Insane asylums in Bengal annual reports 1867-1875 - 1867-1875
Year: 1867
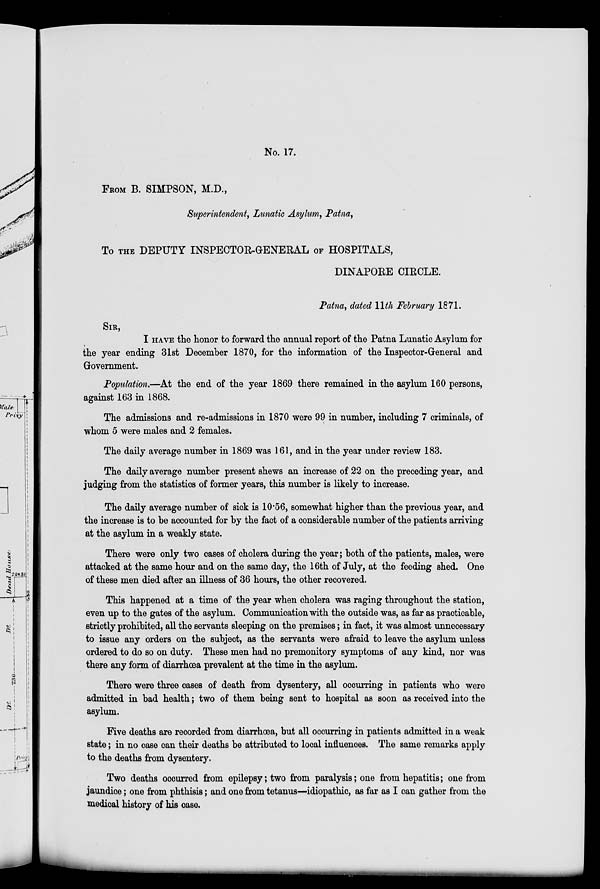
No. 17.
FROM B. SIMPSON, M.D.,
Superintendent, Lunatic Asylum, Patna,
To THE DEPUTY INSPECTOR-GENEEAL OF HOSPITALS,
DINAPORE CIRCLE.
Patna, dated 11th February 1871.
SIR,
I HAVE the honor to forward the annual report of the Patna Lunatic Asylum for
the year ending 31st December 1870, for the information of the Inspector-General and
Government.
Population.—At the end of the year 1869 there remained in the asylum 160 persons,
against 163 in 1868.
The admissions and re-admissions in 1870 were 99 in number, including 7 criminals, of
whom 5 were males and 2 females.
The daily average number in 1869 was 161, and in the year under review 183.
The daily average number present shews an increase of 22 on the preceding year, and
judging from the statistics of former years, this number is likely to increase.
The daily average number of sick is 10.56, somewhat higher than the previous year, and
the increase is to be accounted for by the fact of a considerable number of the patients arriving
at the asylum in a weakly state.
There were only two cases of cholera during the year; both of the patients, males, were
attacked at the same hour and on the same day, the 16th of July, at the feeding shed. One
of these men died after an illness of 36 hours, the other recovered.
This happened at a time of the year when cholera was raging throughout the station,
even up to the gates of the asylum. Communication with the outside was, as far as practicable,
strictly prohibited, all the servants sleeping on the premises; in fact, it was almost unnecessary
to issue any orders on the subject, as the servants were afraid to leave the asylum unless
ordered to do so on duty. These men had no premonitory symptoms of any kind, nor was
there any form of diarrhœa prevalent at the time in the asylum.
There were three cases of death from dysentery, all occurring in patients who were
admitted in bad health; two of them being sent to hospital as soon as received into the
asylum.
Five deaths are recorded from diarrhœa, but all occurring in patients admitted in a weak
state; in no case can their deaths be attributed to local influences. The same remarks apply
to the deaths from dysentery.
Two deaths occurred from epilepsy; two from paralysis; one from hepatitis; one from
jaundice; one from phthisis; and one from tetanus—idiopathic, as far as I can gather from the
medical history of his case.